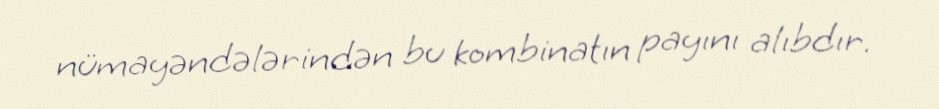
nümayəndələrindən bu kombinatın payını alıbdır.